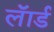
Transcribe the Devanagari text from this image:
लॅार्ड